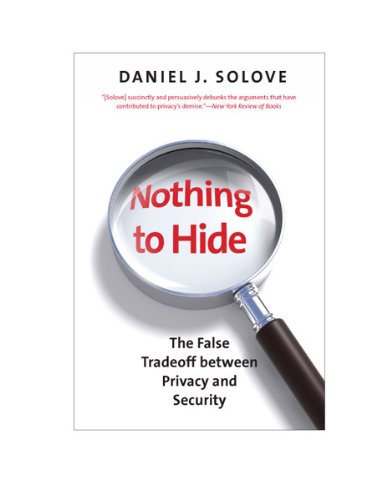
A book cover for Nothing to Hide: The False Tradeoff between Privacy and Security; Daniel J. Solove; Computers & Technology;